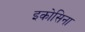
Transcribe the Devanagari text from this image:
इकोसिना